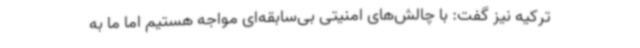
ترکیه نیز گفت: با چالش‌های امنیتی بی‌سابقه‌ای مواجه هستیم اما ما به